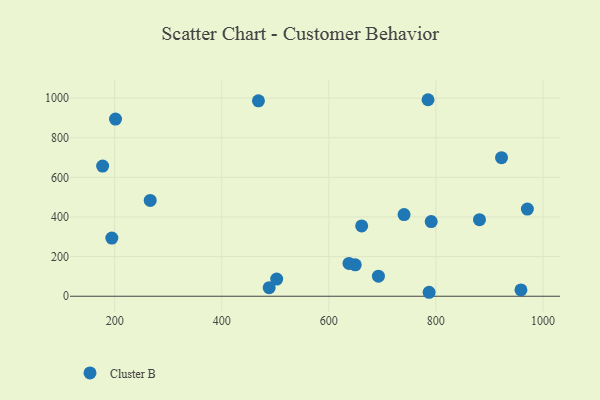
{"axis": {"x": "Investment", "y": "Rating"}, "legend": ["Cluster B"], "data": [{"x": "787.4", "y": 20.0, "type": "Cluster B"}, {"x": "971.0", "y": 440.1, "type": "Cluster B"}, {"x": "177.4", "y": 656.9, "type": "Cluster B"}, {"x": "502.6", "y": 86.4, "type": "Cluster B"}, {"x": "881.5", "y": 386.4, "type": "Cluster B"}, {"x": "661.4", "y": 354.9, "type": "Cluster B"}, {"x": "201.5", "y": 894.3, "type": "Cluster B"}, {"x": "959.0", "y": 31.9, "type": "Cluster B"}, {"x": "692.7", "y": 101.2, "type": "Cluster B"}, {"x": "649.4", "y": 158.5, "type": "Cluster B"}, {"x": "194.6", "y": 293.6, "type": "Cluster B"}, {"x": "488.6", "y": 43.0, "type": "Cluster B"}, {"x": "266.3", "y": 483.8, "type": "Cluster B"}, {"x": "785.4", "y": 992.1, "type": "Cluster B"}, {"x": "637.7", "y": 165.9, "type": "Cluster B"}, {"x": "922.7", "y": 699.5, "type": "Cluster B"}, {"x": "468.5", "y": 986.5, "type": "Cluster B"}, {"x": "740.6", "y": 412.1, "type": "Cluster B"}, {"x": "791.3", "y": 377.1, "type": "Cluster B"}]}